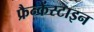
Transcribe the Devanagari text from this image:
फ्रैन्केंस्टाइन